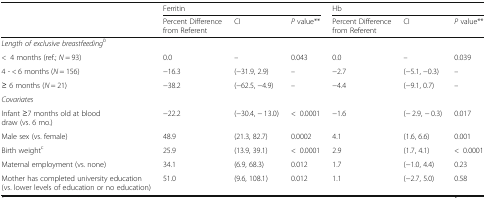
| <ROWSPAN=2>  | <COLSPAN=3> Ferritin | <COLSPAN=3> Hb |
 | Percent Difference from Referent | CI | P value** | Percent Difference from Referent | CI | P value** |
 | --- | --- | --- | --- | --- | --- | --- |
 | <COLSPAN=7> Length of exclusive breastfeedingb |
 | <4 months (ref.; N = 93) | 0.0 | – | 0.043 | 0.0 | – | 0.039 |
 | 4 - < 6 months (N = 156) | −16.3 | (−31.9, 2.9) | – | −2.7 | (−5.1, −0.3) | – |
 | ≥ 6 months (N = 21) | −38.2 | (−62.5, −4.9) | – | −4.4 | (−9.1, 0.7) | – |
 | <COLSPAN=7> Covariates |
 | Infant ≥7 months old at blood draw (vs. 6 mo.) | −22.2 | (−30.4, − 13.0) | <0.0001 | −1.6 | (− 2.9, − 0.3) | 0.017 |
 | Male sex (vs. female) | 48.9 | (21.3, 82.7) | 0.0002 | 4.1 | (1.6, 6.6) | 0.001 |
 | Birth weightc | 25.9 | (13.9, 39.1) | <0.0001 | 2.9 | (1.7, 4.1) | <0.0001 |
 | Maternal employment (vs. none) | 34.1 | (6.9, 68.3) | 0.012 | 1.7 | (−1.0, 4.4) | 0.23 |
 | Mother has completed university education (vs. lower levels of education or no education) | 51.0 | (9.6, 108.1) | 0.012 | 1.1 | (−2.7, 5.0) | 0.58 |